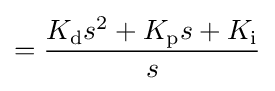
={K_{\text{d}}s^{2}+K_{\text{p}}s+K_{\text{i}} \over s}